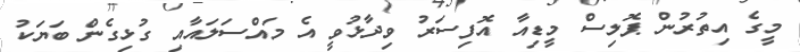
މީގެ އިތުރުން ޕޮލިސް މީޑިއާ އޮފިސަރު ވިދާޅުވީ އެ މަައްސަލައާއި ގުޅިގެން ބަޔަކު